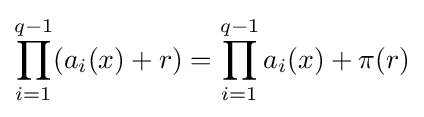
\prod _{i=1}^{q-1}(a_{i}(x)+r)=\prod _{i=1}^{q-1}a_{i}(x)+\pi (r)